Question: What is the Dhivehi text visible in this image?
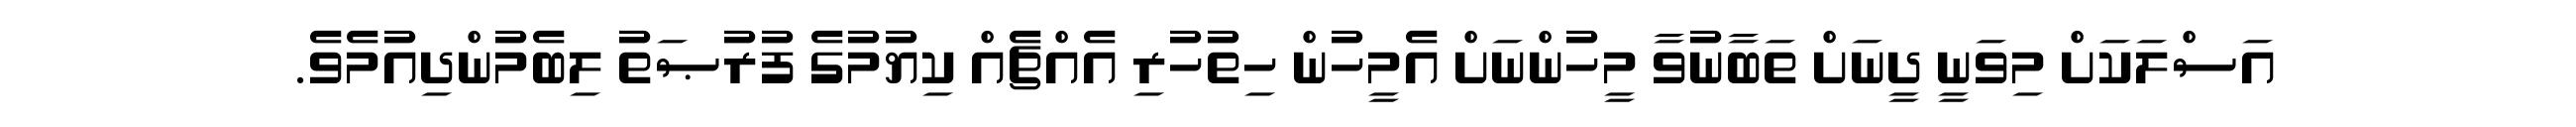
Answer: އަސްލަކަށް މިވަނީ ދީނަށް ތަބާނުވާ މީހުންނަށް އެމީހުން ހިތުހުރި އެއްޗެއް ކިޔުމުގެ ފުރުޞަތު ލިބެމުންދިއުމެވެ.